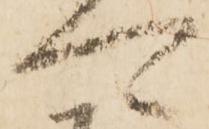
可